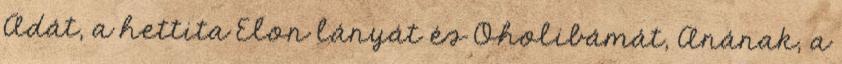
Adát, a hettita Elon lányát és Oholibámát, Anának, a